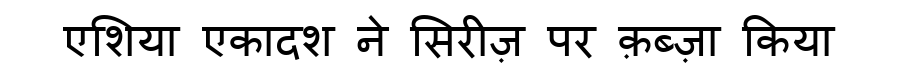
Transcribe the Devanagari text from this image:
एशिया एकादश ने सिरीज़ पर क़ब्ज़ा किया